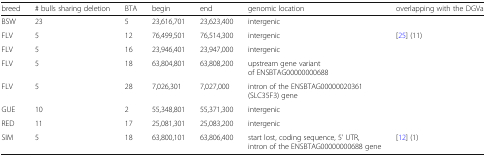
| breed | # bulls sharing deletion | BTA | begin | end | genomic location | overlapping with the DGVa |
 | --- | --- | --- | --- | --- | --- | --- |
 | BSW | 23 | 5 | 23,616,701 | 23,623,400 | intergenic |  |
 | FLV | 5 | 12 | 76,499,501 | 76,514,300 | intergenic | [25] (11) |
 | FLV | 5 | 16 | 23,946,401 | 23,947,000 | intergenic |  |
 | FLV | 5 | 18 | 63,804,801 | 63,808,200 | upstream gene variant of ENSBTAG00000000688 |  |
 | FLV | 5 | 28 | 7,026,301 | 7,027,000 | intron of the ENSBTAG00000020361 (SLC35F3) gene |  |
 | GUE | 10 | 2 | 55,348,801 | 55,371,300 | intergenic |  |
 | RED | 11 | 17 | 25,081,301 | 25,083,200 | intergenic |  |
 | SIM | 5 | 18 | 63,800,101 | 63,806,400 | start lost, coding sequence, 5’ UTR, intron of the ENSBTAG00000000688 gene | [12] (1) |